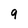
Character: 9